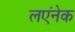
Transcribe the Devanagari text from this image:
लएंनेक